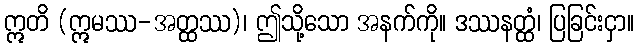
ဣတိ (ဣမဿ-အတ္ထဿ)၊ ဤသို့သော အနက်ကို။ ဒဿနတ္ထံ၊ ပြခြင်းငှာ။